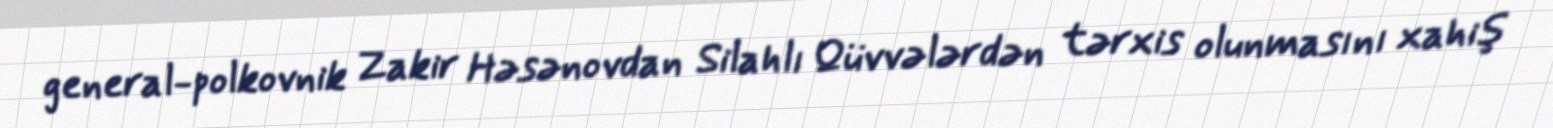
general-polkovnik Zakir Həsənovdan Silahlı Qüvvələrdən tərxis olunmasını xahiş